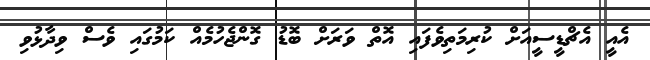
އެއީ އެޗްޑީސީއަށް ކުރިމަތިވެފައި އޮތް ވަރަށް ބޮޑު ގޮންޖެހުމެއް ކަމުގައި ވެސް ވިދާޅުވި